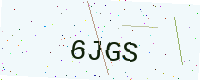
Text: 6JGS